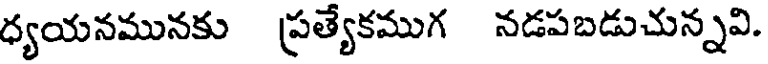
ధ్యయనమునకు ప్రత్యేకముగ నడపబడుచున్నవి.